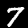
Digit: 7